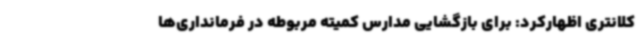
کلانتری اظهارکرد: برای بازگشایی مدارس کمیته مربوطه در فرمانداری‌ها